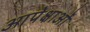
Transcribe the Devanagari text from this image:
आपेक्षाओं